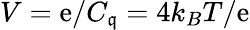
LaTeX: V=\mathrm{e}/C_{\mathfrak{q}}=4k_{B}T/\mathrm{e}